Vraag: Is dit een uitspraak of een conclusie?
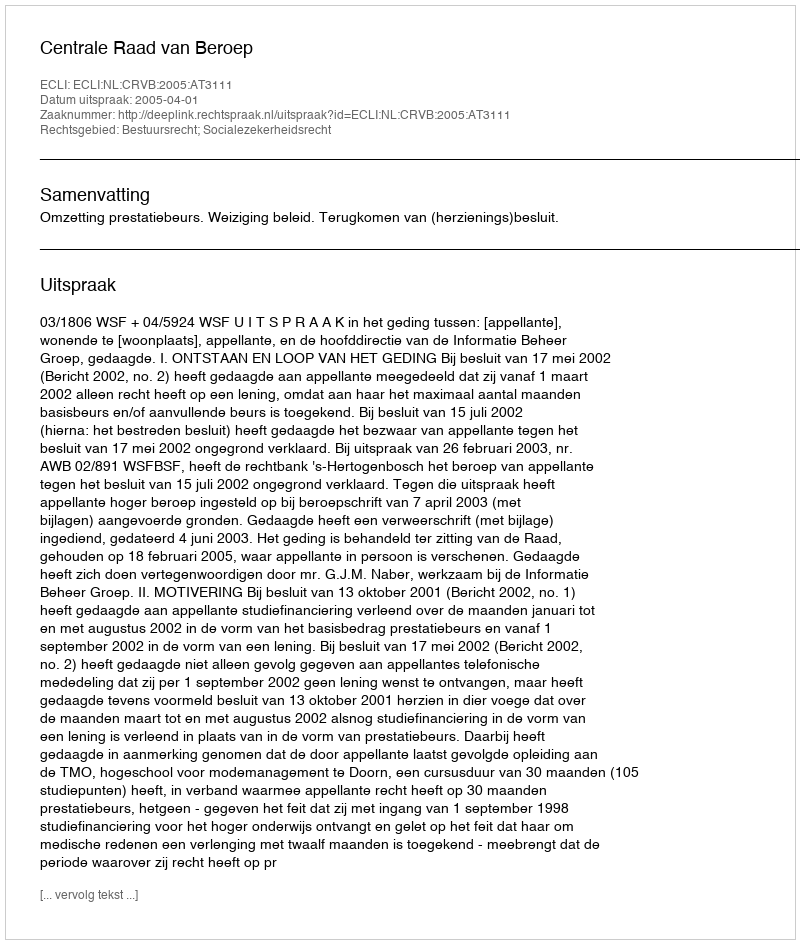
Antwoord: Uitspraak